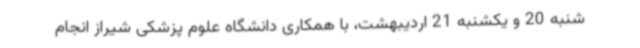
شنبه 20 و یکشنبه 21 اردیبهشت، با همکاری دانشگاه علوم پزشکی شیراز انجام